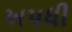
ખપધી